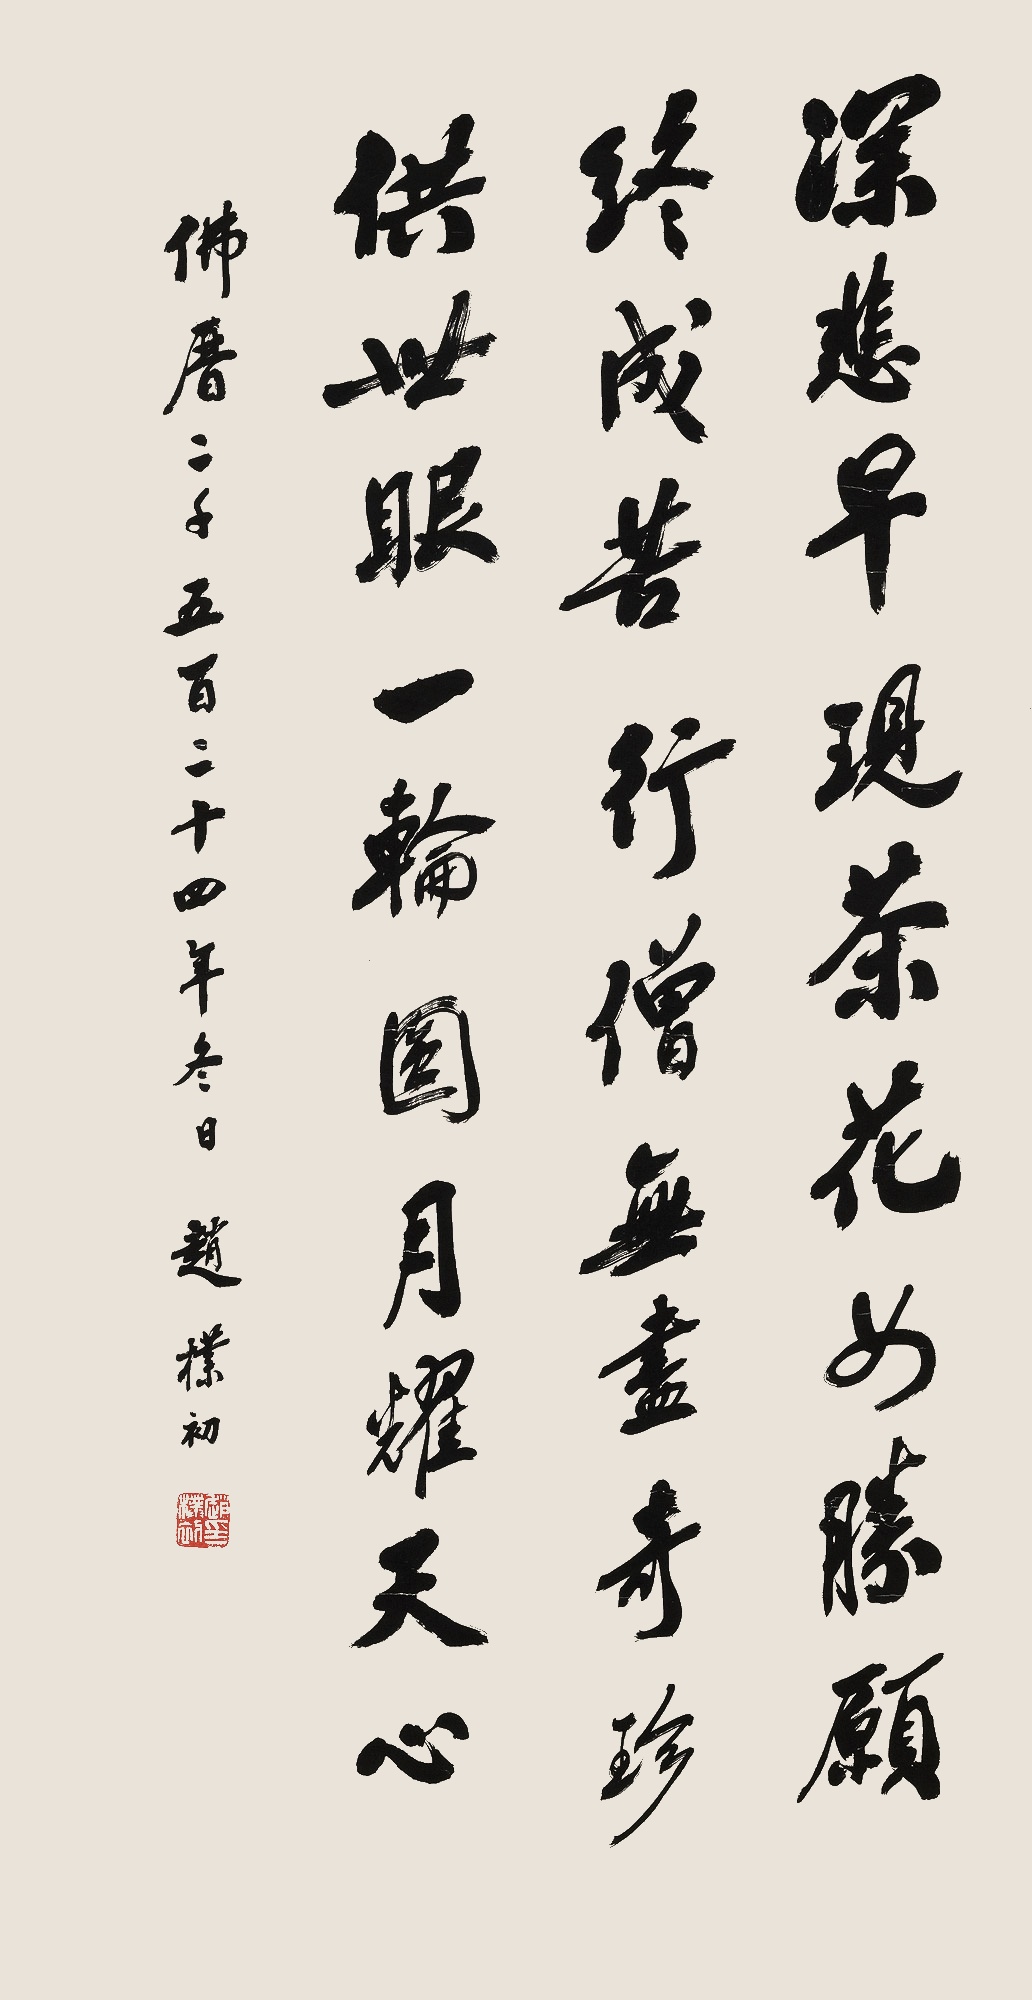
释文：深悲早现茶花女，胜愿终成苦行僧。无尽奇珍供世眼，一轮圆月耀天心。佛历二千五百二十四年冬日。赵朴初。